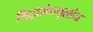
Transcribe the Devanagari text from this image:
निट्रोसेल्यूलोज